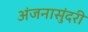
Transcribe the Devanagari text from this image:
अंजनासुंदरी